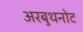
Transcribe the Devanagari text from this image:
अरबुथनोट